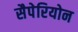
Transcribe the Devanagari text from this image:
सैपेरियोन